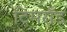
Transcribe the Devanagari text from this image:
टिमरॉड